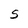
Character: S